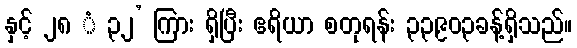
နှင့် ၂၈ ံ ၃၂’ ကြား ရှိပြီး ဧရိယာ စတုရန်း ၃၃,၉၀၃ခန့်ရှိသည်။